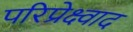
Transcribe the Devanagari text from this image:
परिप्रेक्ष्वाद